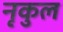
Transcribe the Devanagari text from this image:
नृकुल